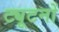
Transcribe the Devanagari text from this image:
ट्यूटनों